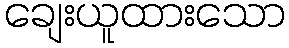
ချေးယူထားသော